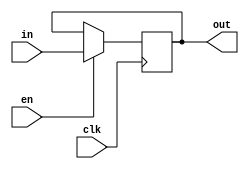
module delay #(
        parameter BITS = 0
    ) (
        input wire [BITS-1:0] in,
        output reg [BITS-1:0] out,
        input wire en,
        input wire clk
    );

    always @(posedge clk) begin
        if (en) begin
            out <= in;
        end
    end

endmodule